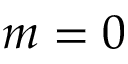
m = 0